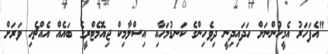
"އެފަހަރު އެމީހުންނަށް ހަދައިދިނީ ދިވެހިންގެ ކަނޑުމަހާއި އިސްލާމިކް ޖިއޮމެޓްރީގެ ބައެއް އެއްޗެހި ވަރަށް